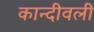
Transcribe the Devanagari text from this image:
कान्दीवली